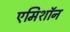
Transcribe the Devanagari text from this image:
एमिशॉन